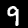
Digit: 9